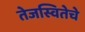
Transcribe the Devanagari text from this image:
तेजस्वितेचे